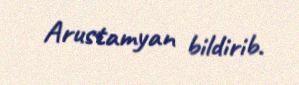
Arustamyan bildirib.